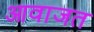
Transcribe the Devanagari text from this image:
आवाजत